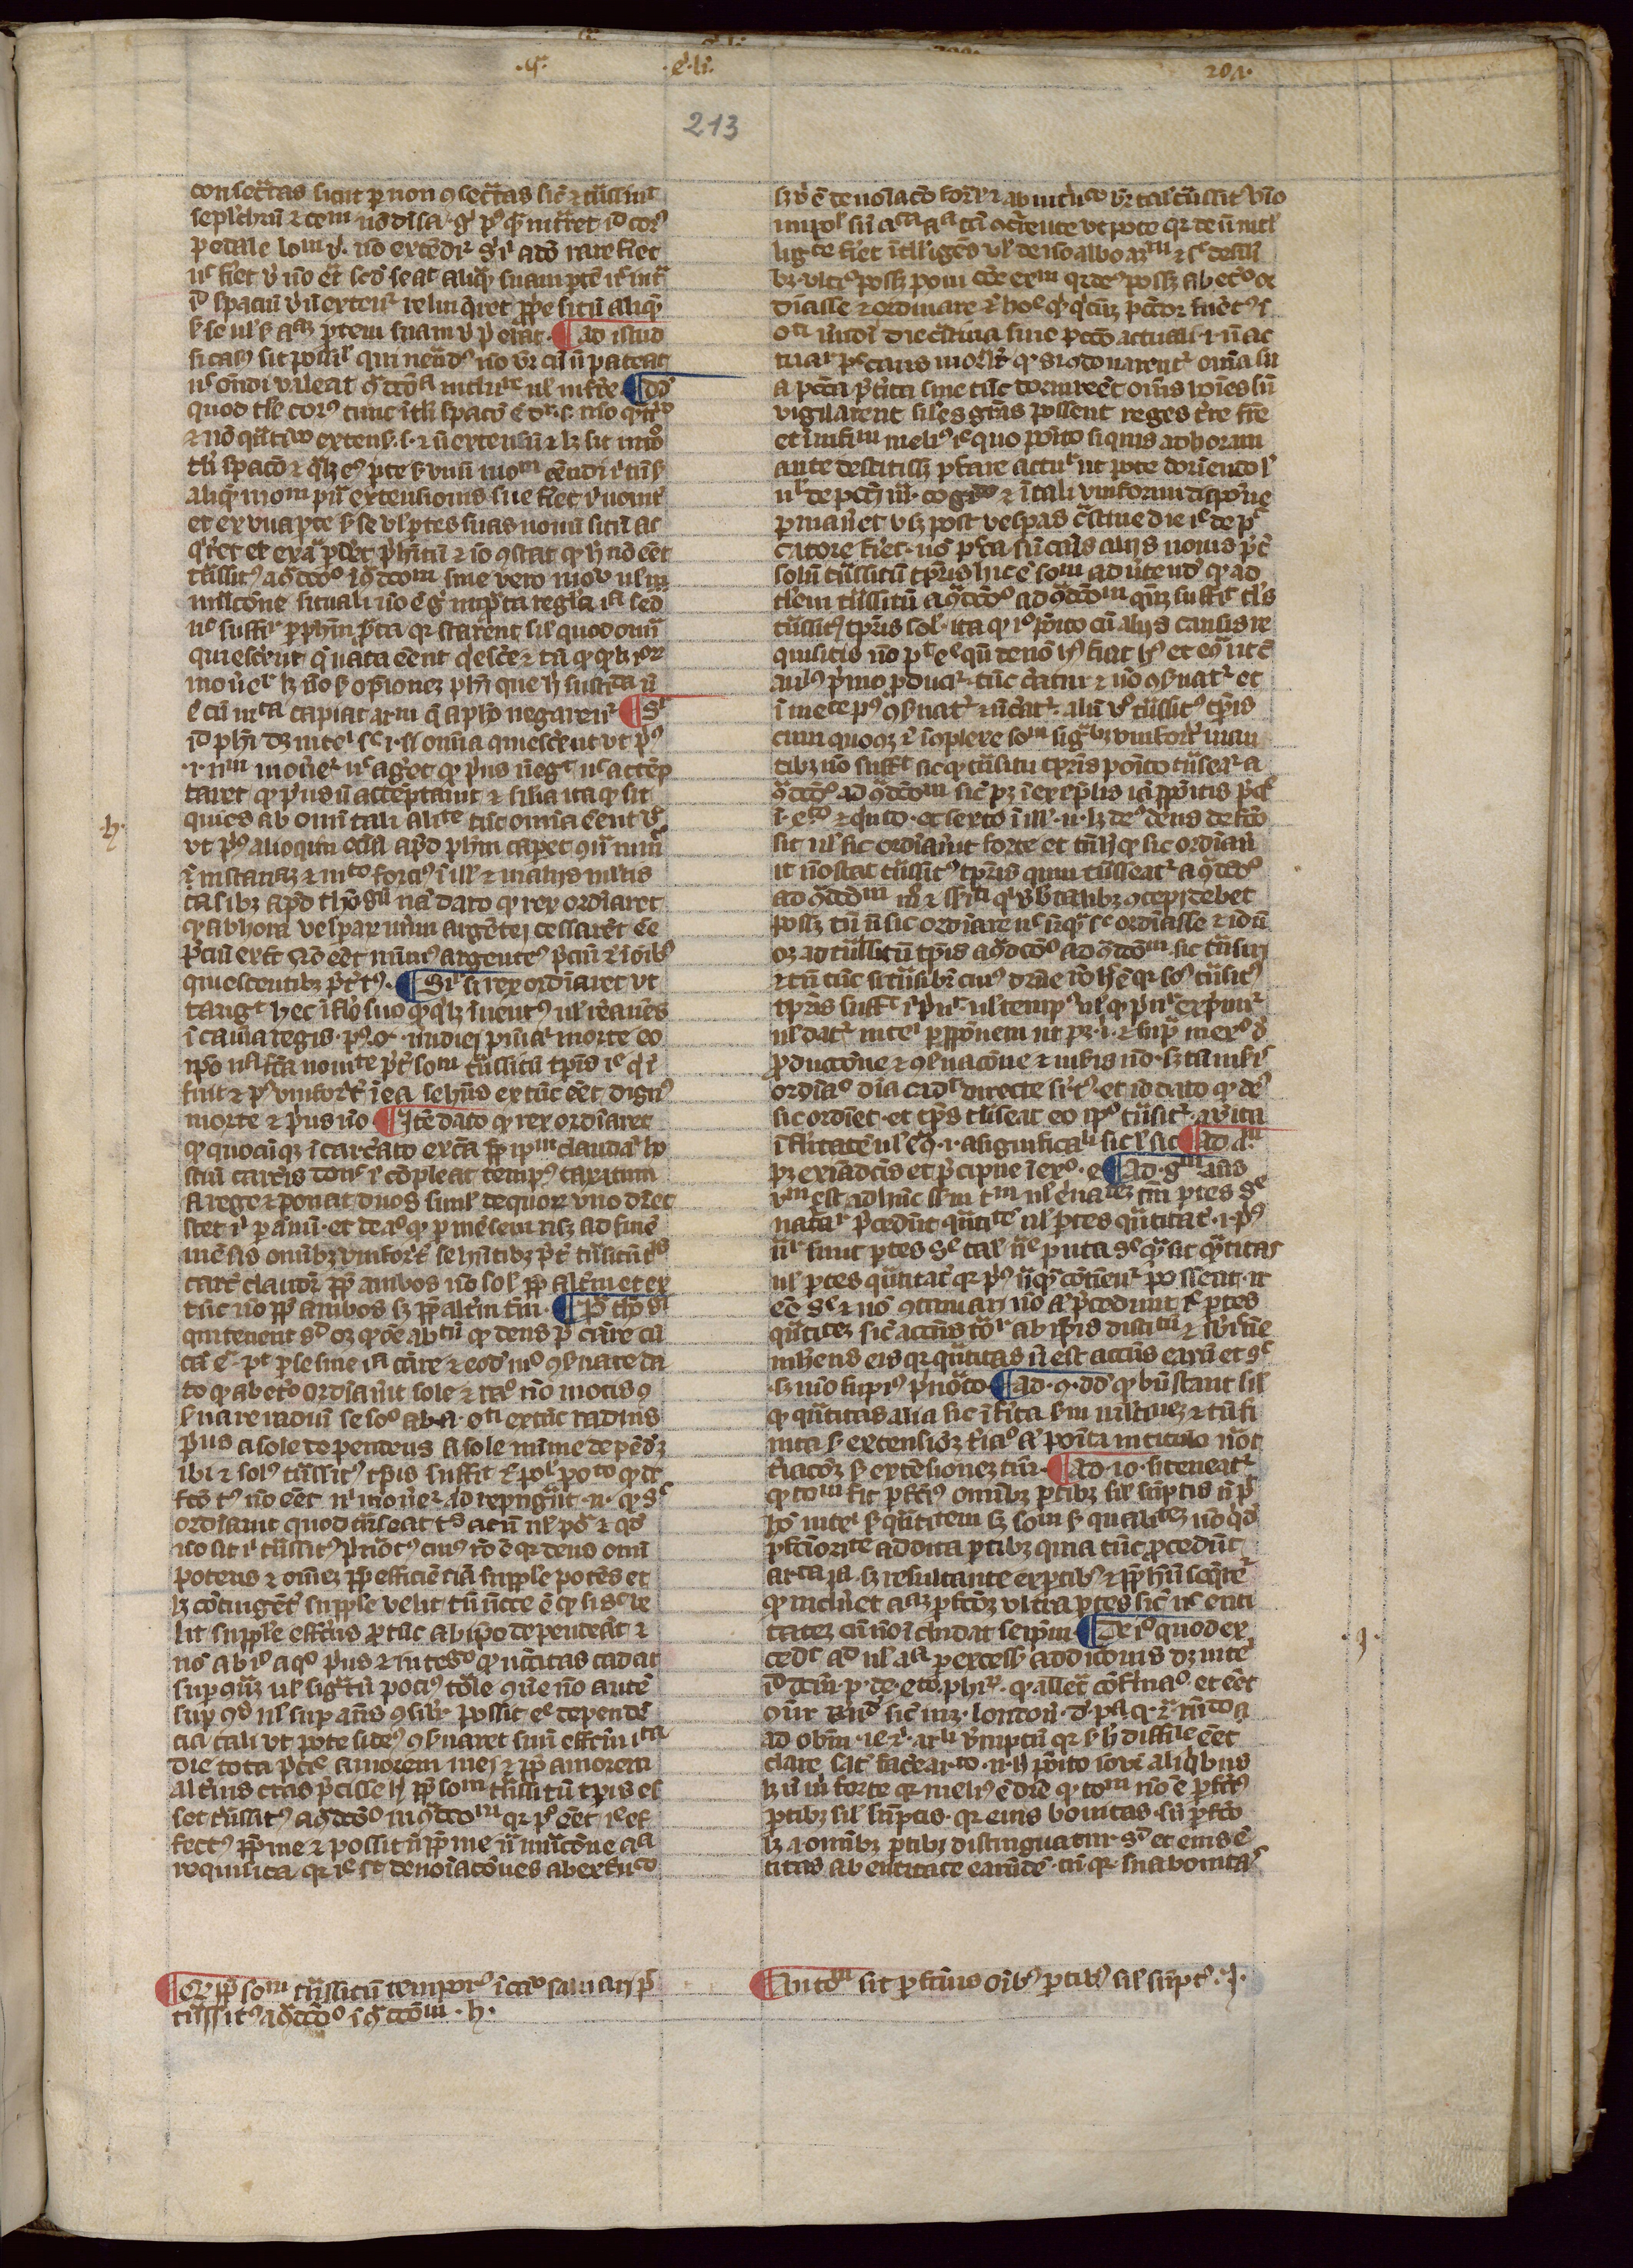
Shelfmark: Paris, Mazarine, ms. 915
Century: 14